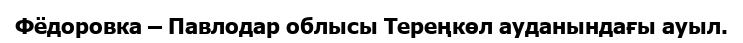
Фёдоровка – Павлодар облысы Тереңкөл ауданындағы ауыл.